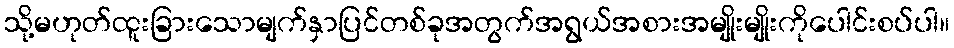
သို့မဟုတ်ထူးခြားသောမျက်နှာပြင်တစ်ခုအတွက်အရွယ်အစားအမျိုးမျိုးကိုပေါင်းစပ်ပါ။